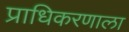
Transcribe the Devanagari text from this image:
प्राधिकरणाला